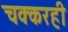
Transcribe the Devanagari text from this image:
चक्करही